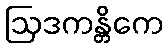
ဩဒကန္တိကေ